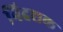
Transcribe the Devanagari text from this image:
निदशक